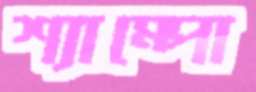
শ্যাম্পো